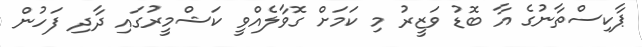
ޕާކިސްތާނުގެ އާ ބޮޑު ވަޒީރު މި ކަމަށް ގޮވާލެއްވީ ކަޝްމީރުގައި ދާދި ފަހުން